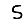
Digit: 5